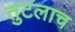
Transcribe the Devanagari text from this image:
तुटलाच